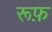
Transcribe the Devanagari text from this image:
रूफ़